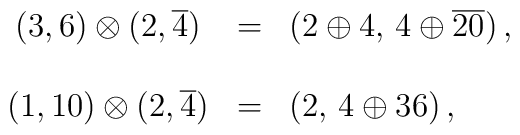
\begin{array}{cll}(3,6) \otimes (2,\overline{4}) &=& (2\oplus 4, \,4 \oplus \overline{20})\,,\\{}&{}&{}\\(1,10) \otimes (2,\overline{4}) &=& (2,\, 4 \oplus 36 )\,,\end{array}